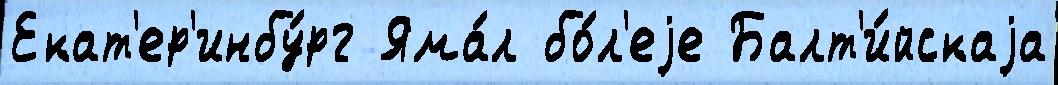
Екат'ер'инбу́рг Яма́л бо́л'еjе Балт'и́йскаjа